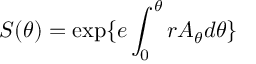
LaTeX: S ( \theta ) = \exp \{ e \int _ { 0 } ^ { \theta } r A _ { \theta } d \theta \}